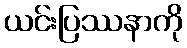
ယင်းပြဿနာကို